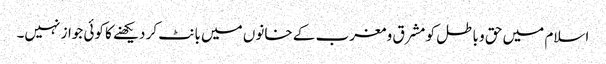
اسلام میں حق و باطل کو مشرق و مغرب کے خانوں میں بانٹ کر دیکھنے کا کوئی جواز نہیں۔